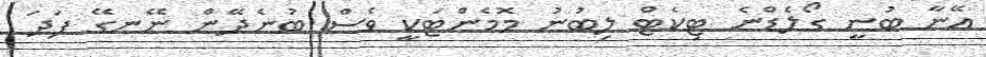
އޭނާ ބުނީ ގޯލެޑްނެ ޓިކެޓް ލިބުނު މޮމެންޓަކީ ވެސް ބުނެދޭން ނޭނގޭ ފަދަ